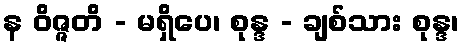
န ဝိဇ္ဇတိ - မရှိပေ၊ စုန္ဒ - ချစ်သား စုန္ဒ၊